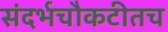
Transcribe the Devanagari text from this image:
संदर्भचौकटीतच